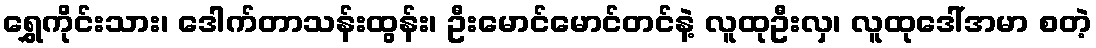
ရွှေကိုင်းသား၊ ဒေါက်တာသန်းထွန်း၊ ဦးမောင်မောင်တင်နဲ့ လူထုဦးလှ၊ လူထုဒေါ်အမာ စတဲ့